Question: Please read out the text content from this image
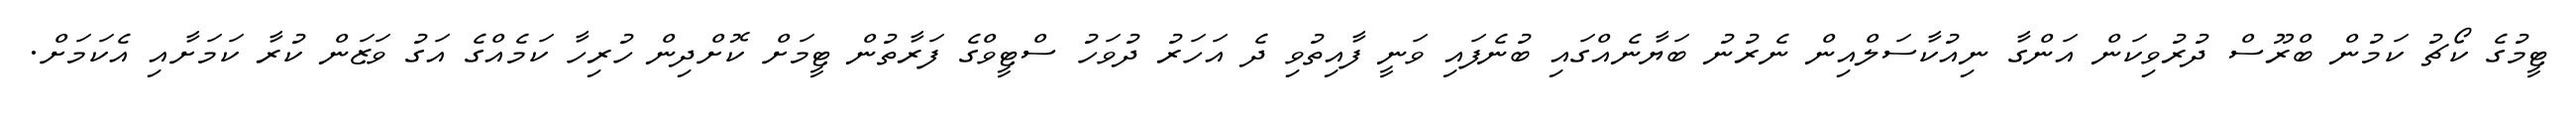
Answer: ޓީމުގެ ކޯޗު ކަމުން ބްރޫސް ދުރުވިކަން އަންގާ ނިއުކާސަލްއިން ނެރުނު ބަޔާނެއްގައި ބުނެފައި ވަނީ ފާއިތުވި ދެ އަހަރު ދުވަހު ސްޓީވްގެ ފަރާތުން ޓީމަށް ކޮށްދިން ހުރިހާ ކަމެއްގެ އަގު ވަޒަން ކުރާ ކަމަށާއި އެކަމަށް.